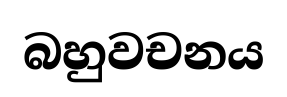
බහුවචනය